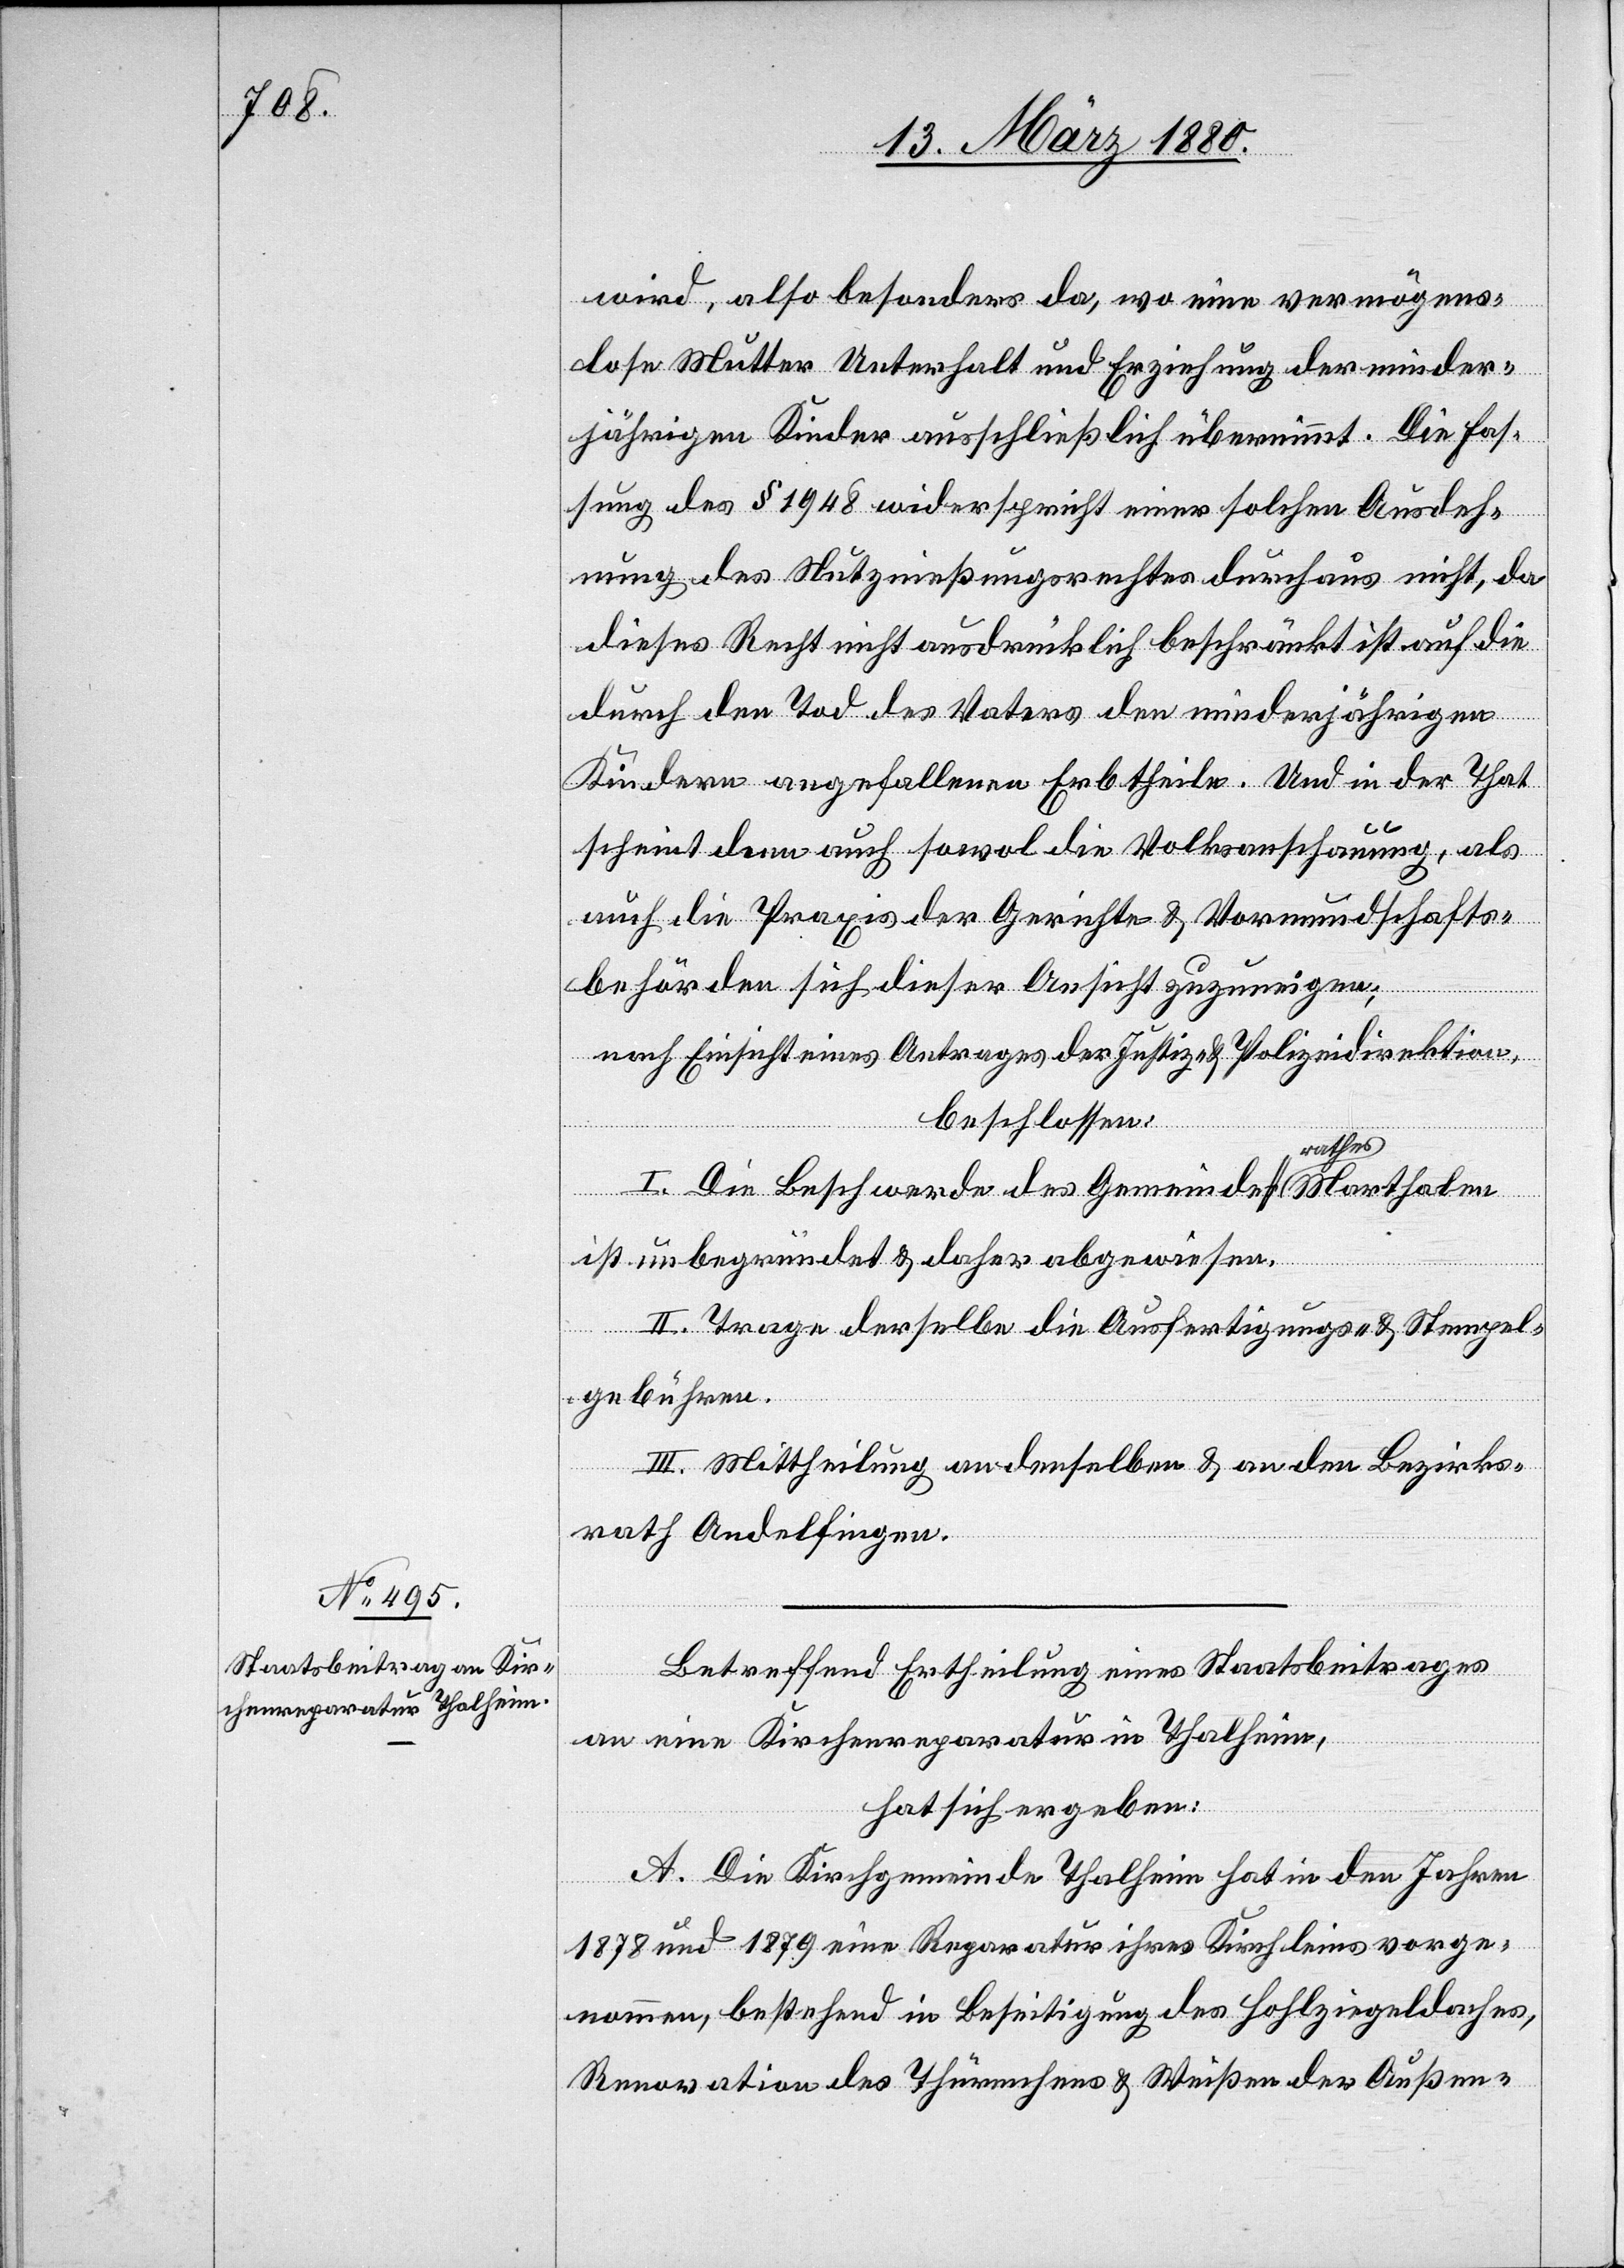
Betreffend Ertheilung eines Staatsbeitrages
an eine Kirchenreparatur in Thalheim,
hat sic ergeben:
A. Die Kirchgemeinde Thalheim hat in den Jahren
1878 und 1879 eine Reparatur ihres Kirchleins vorge¬
nommen, bestehend in Beseitigung des Hohlziegeldaches,
Renovation des Thürmchens & Weißen der Außen-